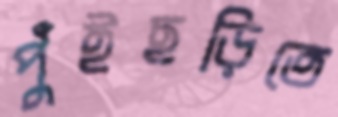
পুঁইছড়িতে